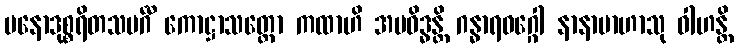
မနောဒုစ္စရိတသမင်္ဂီ ကောဋ္ဌာသတ္ထော ကထာဟိ အပဝိဒ္ဓန္တိ ဂန္ဓာရဝဂ္ဂေါ နာနာဗာဟာသု ဝါဟန္တိ